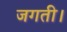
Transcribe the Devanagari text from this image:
जगती।